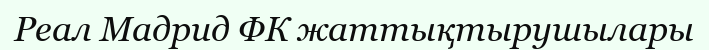
Реал Мадрид ФК жаттықтырушылары